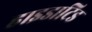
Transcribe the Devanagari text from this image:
हाइडाटिड